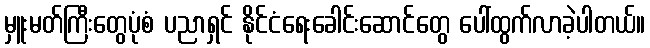
မှူးမတ်ကြီးတွေပုံစံ ပညာရှင် နိုင်ငံရေးခေါင်းဆောင်တွေ ပေါ်ထွက်လာခဲ့ပါတယ်။